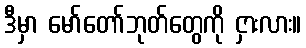
ဒီမှာ မော်တော်ဘုတ်တွေကို ငှားလား။